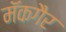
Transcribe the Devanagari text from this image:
मॅकगैर